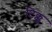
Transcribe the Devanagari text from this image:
टिक्कू